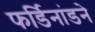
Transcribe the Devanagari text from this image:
फर्डिनांडने